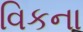
વિકના